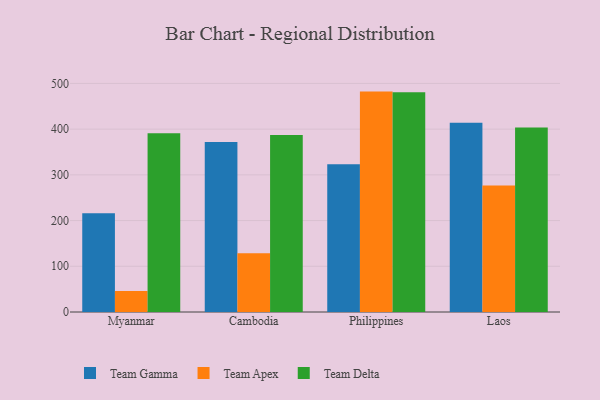
{"axis": {"x": "Country", "y": "Waste Production (Tons)"}, "legend": ["Team Apex", "Team Delta", "Team Gamma"], "data": [{"x": "Myanmar", "y": 215.9, "type": "Team Gamma"}, {"x": "Myanmar", "y": 45.7, "type": "Team Apex"}, {"x": "Myanmar", "y": 391.1, "type": "Team Delta"}, {"x": "Cambodia", "y": 371.8, "type": "Team Gamma"}, {"x": "Cambodia", "y": 128.4, "type": "Team Apex"}, {"x": "Cambodia", "y": 387.1, "type": "Team Delta"}, {"x": "Philippines", "y": 323.4, "type": "Team Gamma"}, {"x": "Philippines", "y": 482.1, "type": "Team Apex"}, {"x": "Philippines", "y": 480.5, "type": "Team Delta"}, {"x": "Laos", "y": 414.0, "type": "Team Gamma"}, {"x": "Laos", "y": 276.9, "type": "Team Apex"}, {"x": "Laos", "y": 403.7, "type": "Team Delta"}]}